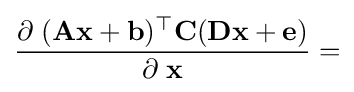
{\frac {\partial \;({\textbf {A}}{\textbf {x}}+{\textbf {b}})^{\top }{\textbf {C}}({\textbf {D}}{\textbf {x}}+{\textbf {e}})}{\partial \;{\textbf {x}}}}=